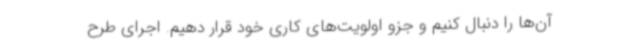
آن‌ها را دنبال کنیم و جزو اولویت‌های کاری خود قرار دهیم. اجرای طرح